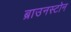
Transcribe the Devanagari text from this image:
ब्राउनस्टोन